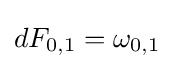
dF_{0,1}=\omega _{0,1}